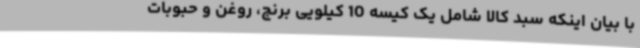
با بیان اینکه سبد کالا شامل یک کیسه 10 کیلویی برنج، روغن و حبوبات